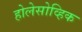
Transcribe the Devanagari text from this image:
होलेसोव्हिक